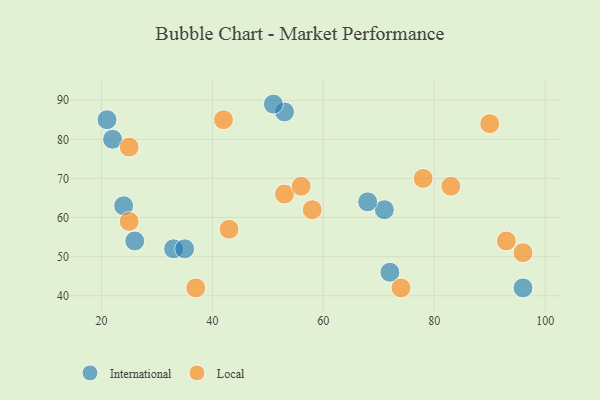
{"axis": {"x": "GDP", "y": "Life Expectancy"}, "legend": ["International", "Local"], "data": [{"x": "26", "y": 54, "type": "International"}, {"x": "33", "y": 52, "type": "International"}, {"x": "24", "y": 63, "type": "International"}, {"x": "96", "y": 42, "type": "International"}, {"x": "21", "y": 85, "type": "International"}, {"x": "53", "y": 87, "type": "International"}, {"x": "22", "y": 80, "type": "International"}, {"x": "71", "y": 62, "type": "International"}, {"x": "68", "y": 64, "type": "International"}, {"x": "72", "y": 46, "type": "International"}, {"x": "35", "y": 52, "type": "International"}, {"x": "51", "y": 89, "type": "International"}, {"x": "37", "y": 42, "type": "Local"}, {"x": "58", "y": 62, "type": "Local"}, {"x": "53", "y": 66, "type": "Local"}, {"x": "83", "y": 68, "type": "Local"}, {"x": "78", "y": 70, "type": "Local"}, {"x": "25", "y": 59, "type": "Local"}, {"x": "74", "y": 42, "type": "Local"}, {"x": "43", "y": 57, "type": "Local"}, {"x": "96", "y": 51, "type": "Local"}, {"x": "90", "y": 84, "type": "Local"}, {"x": "56", "y": 68, "type": "Local"}, {"x": "42", "y": 85, "type": "Local"}, {"x": "25", "y": 78, "type": "Local"}, {"x": "93", "y": 54, "type": "Local"}]}